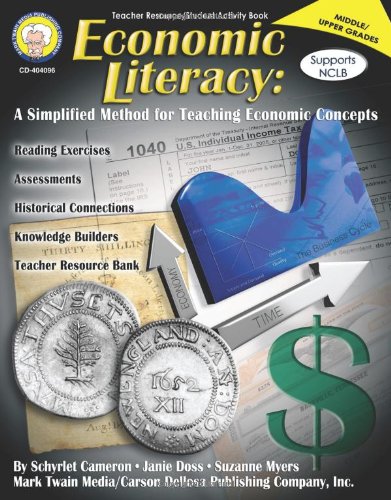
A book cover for Economic Literacy, Grades 6 - 12: A Simplified Method for Teaching Economic Concepts; Schyrlet Cameron; Children's Books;